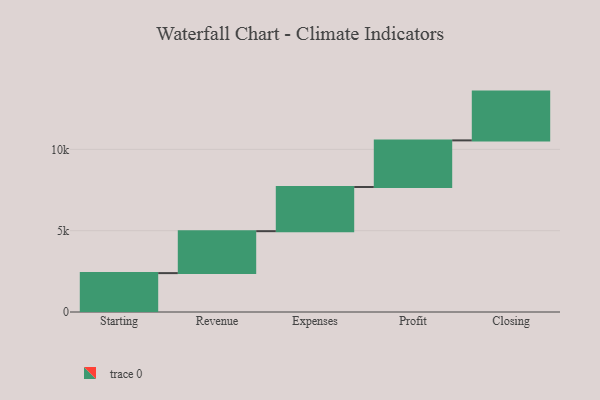
{"axis": {"x": "Step", "y": "Value"}, "legend": [""], "data": [{"x": "Starting", "y": 2391.0, "type": ""}, {"x": "Revenue", "y": 2580.0, "type": ""}, {"x": "Expenses", "y": 2718.0, "type": ""}, {"x": "Profit", "y": 2866.0, "type": ""}, {"x": "Closing", "y": 3000, "type": ""}]}